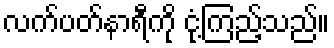
လက်ပတ်နာရီကို ငုံ့ကြည့်သည်။